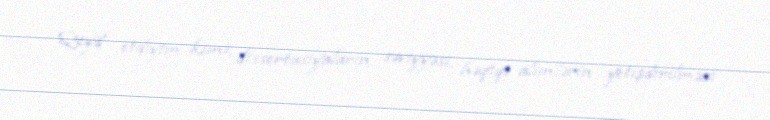
Qeyd etdiyim kimi, dissertasiyaların səviyyəsi, həqiqi alimlərin yetişdirilməsi